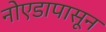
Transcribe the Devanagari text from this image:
नोएडापासून